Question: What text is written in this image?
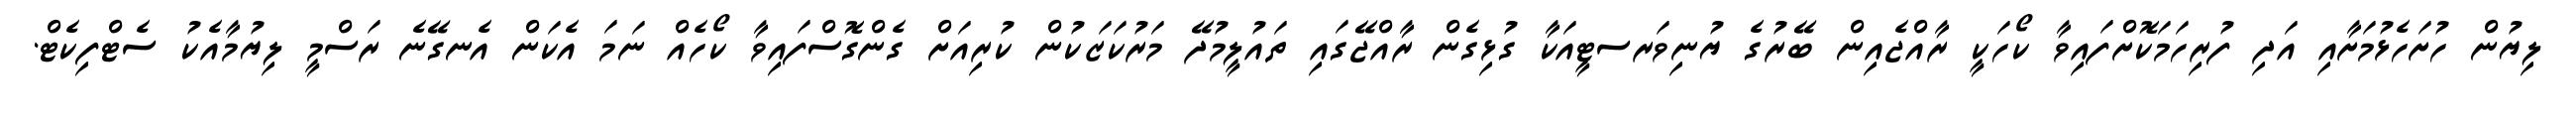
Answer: ލިޔުން ހުށަހެޅުމަށާއި އަދި ފުރިހަމަކޮށްފައިވާ ކޯހަކީ ރާއްޖެއިން ބޭރުގެ ޔުނިވަރސޓީއަކާ ގުޅިގެން ރާއްޖޭގައި ތައުލީމުދޭ މަރުކަޒަކުން ކުރިއަށް ގެންގޮސްފައިވާ ކޯހެއް ނަމަ އެކަން އެނގޭނެ ރަސްމީ ލިޔުމާއެކު ސެޓްފިކެޓް.